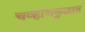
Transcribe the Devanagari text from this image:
चव्हाणकुळात